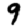
Digit: 9